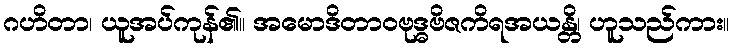
ဂဟိတာ၊ ယူအပ်ကုန်၏။ အမောဒိတာဝဗုဒ္ဓဗိဇကိရအယန္တိ၊ ဟူသည်ကား။